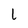
Character: l